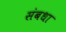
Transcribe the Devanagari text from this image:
संबधा